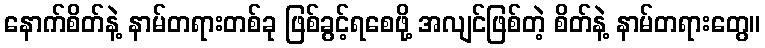
နောက်စိတ်နဲ့ နာမ်တရားတစ်ခု ဖြစ်ခွင့်ရစေဖို့ အလျင်ဖြစ်တဲ့ စိတ်နဲ့ နာမ်တရားတွေ။